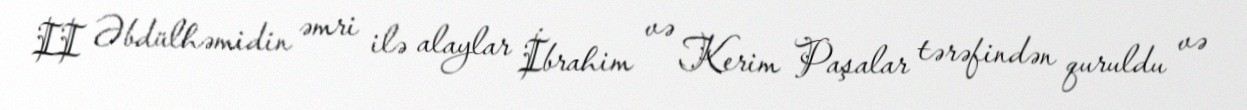
II Əbdülhəmidin əmri ilə alaylar İbrahim və Kerim Paşalar tərəfindən quruldu və